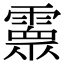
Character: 𩅧